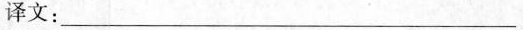
译文：____